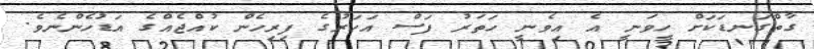
ގާތްގަނޑަކަށް ހީވަނީ އެ އިވެނީ ހަތަރު ފަސް އަހަރުގެ ފިރިހެން ކުއްޖެއްގެ އަޑުހެންނެވެ.